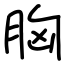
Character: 胸